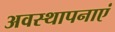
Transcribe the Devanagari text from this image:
अवस्थापनाएं